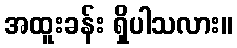
အထူးခန်း ရှိပါသလား။